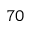
^ { 7 0 }